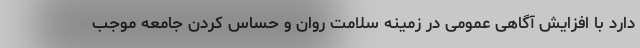
دارد با افزایش آگاهی عمومی در زمینه سلامت روان و حساس کردن جامعه موجب